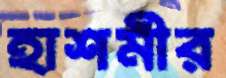
হাশমীর